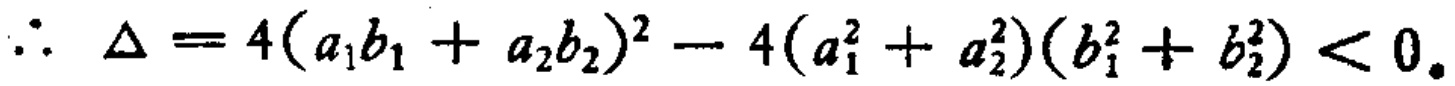
\(\therefore \Delta = 4(a_{1}b_{1}+a_{2}b_{2})^{2}-4(a_{1}^{2}+a_{2}^{2})(b_{1}^{2}+b_{2}^{2})<0\)